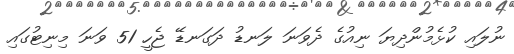
ނުލައި ކުޅެމުންދިޔަ ނިއުގެ ދެވަނަ ލަނޑު ދަގަނޑޭ ޖެހީ 51 ވަނަ މިނިޓުގައި